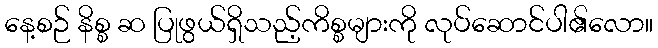
နေ့စဉ် နိစ္စ ဆ ပြုဖွယ်ရှိသည့်ကိစ္စများကို လုပ်ဆောင်ပါ၏လော။